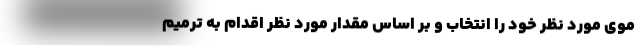
موی مورد نظر خود را انتخاب و بر اساس مقدار مورد نظر اقدام به ترمیم